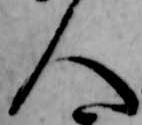
人